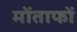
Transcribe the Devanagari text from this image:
मोंताफों